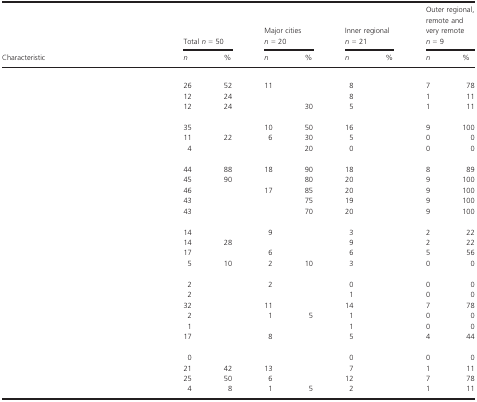
<table><thead><tr><td rowspan="2"><b>Characteristic</b></td><td colspan="2"><b>Total <i>n</i> = 50</b></td><td colspan="2"><b>Major cities <i>n</i> = 20</b></td><td colspan="2"><b>Inner regional <i>n</i> = 21</b></td><td colspan="2"><b>Outer regional, remote and very remote <i>n</i> = 9</b></td></tr><tr><td><b><i>n</i></b></td><td><b>%</b></td><td><b><i>n</i></b></td><td><b>%</b></td><td><b><i>n</i></b></td><td><b>%</b></td><td><b><i>n</i></b></td><td><b>%</b></td></tr></thead><tbody><tr><td colspan="9">[EMPTY_CELL]</td></tr><tr><td>[EMPTY_CELL]</td><td>26</td><td>52</td><td>11</td><td>[EMPTY_CELL]</td><td>8</td><td>[EMPTY_CELL]</td><td>7</td><td>78</td></tr><tr><td>[EMPTY_CELL]</td><td>12</td><td>24</td><td>[EMPTY_CELL]</td><td>[EMPTY_CELL]</td><td>8</td><td>[EMPTY_CELL]</td><td>1</td><td>11</td></tr><tr><td>[EMPTY_CELL]</td><td>12</td><td>24</td><td>[EMPTY_CELL]</td><td>30</td><td>5</td><td>[EMPTY_CELL]</td><td>1</td><td>11</td></tr><tr><td colspan="9">[EMPTY_CELL]</td></tr><tr><td>[EMPTY_CELL]</td><td>35</td><td>[EMPTY_CELL]</td><td>10</td><td>50</td><td>16</td><td>[EMPTY_CELL]</td><td>9</td><td>100</td></tr><tr><td>[EMPTY_CELL]</td><td>11</td><td>22</td><td>6</td><td>30</td><td>5</td><td>[EMPTY_CELL]</td><td>0</td><td>0</td></tr><tr><td>[EMPTY_CELL]</td><td>4</td><td>[EMPTY_CELL]</td><td>[EMPTY_CELL]</td><td>20</td><td>0</td><td>[EMPTY_CELL]</td><td>0</td><td>0</td></tr><tr><td colspan="9">[EMPTY_CELL]</td></tr><tr><td>[EMPTY_CELL]</td><td>44</td><td>88</td><td>18</td><td>90</td><td>18</td><td>[EMPTY_CELL]</td><td>8</td><td>89</td></tr><tr><td>[EMPTY_CELL]</td><td>45</td><td>90</td><td>[EMPTY_CELL]</td><td>80</td><td>20</td><td>[EMPTY_CELL]</td><td>9</td><td>100</td></tr><tr><td>[EMPTY_CELL]</td><td>46</td><td>[EMPTY_CELL]</td><td>17</td><td>85</td><td>20</td><td>[EMPTY_CELL]</td><td>9</td><td>100</td></tr><tr><td>[EMPTY_CELL]</td><td>43</td><td>[EMPTY_CELL]</td><td>[EMPTY_CELL]</td><td>75</td><td>19</td><td>[EMPTY_CELL]</td><td>9</td><td>100</td></tr><tr><td>[EMPTY_CELL]</td><td>43</td><td>[EMPTY_CELL]</td><td>[EMPTY_CELL]</td><td>70</td><td>20</td><td>[EMPTY_CELL]</td><td>9</td><td>100</td></tr><tr><td colspan="9">[EMPTY_CELL]</td></tr><tr><td>[EMPTY_CELL]</td><td>14</td><td>[EMPTY_CELL]</td><td>9</td><td>[EMPTY_CELL]</td><td>3</td><td>[EMPTY_CELL]</td><td>2</td><td>22</td></tr><tr><td>[EMPTY_CELL]</td><td>14</td><td>28</td><td>[EMPTY_CELL]</td><td>[EMPTY_CELL]</td><td>9</td><td>[EMPTY_CELL]</td><td>2</td><td>22</td></tr><tr><td>[EMPTY_CELL]</td><td>17</td><td>[EMPTY_CELL]</td><td>6</td><td>[EMPTY_CELL]</td><td>6</td><td>[EMPTY_CELL]</td><td>5</td><td>56</td></tr><tr><td>[EMPTY_CELL]</td><td>5</td><td>10</td><td>2</td><td>10</td><td>3</td><td>[EMPTY_CELL]</td><td>0</td><td>0</td></tr><tr><td colspan="9">[EMPTY_CELL]</td></tr><tr><td>[EMPTY_CELL]</td><td>2</td><td>[EMPTY_CELL]</td><td>2</td><td>[EMPTY_CELL]</td><td>0</td><td>[EMPTY_CELL]</td><td>0</td><td>0</td></tr><tr><td>[EMPTY_CELL]</td><td>2</td><td>[EMPTY_CELL]</td><td>[EMPTY_CELL]</td><td>[EMPTY_CELL]</td><td>1</td><td>[EMPTY_CELL]</td><td>0</td><td>0</td></tr><tr><td>[EMPTY_CELL]</td><td>32</td><td>[EMPTY_CELL]</td><td>11</td><td>[EMPTY_CELL]</td><td>14</td><td>[EMPTY_CELL]</td><td>7</td><td>78</td></tr><tr><td>[EMPTY_CELL]</td><td>2</td><td>[EMPTY_CELL]</td><td>1</td><td>5</td><td>1</td><td>[EMPTY_CELL]</td><td>0</td><td>0</td></tr><tr><td>[EMPTY_CELL]</td><td>1</td><td>[EMPTY_CELL]</td><td>[EMPTY_CELL]</td><td>[EMPTY_CELL]</td><td>1</td><td>[EMPTY_CELL]</td><td>0</td><td>0</td></tr><tr><td>[EMPTY_CELL]</td><td>17</td><td>[EMPTY_CELL]</td><td>8</td><td>[EMPTY_CELL]</td><td>5</td><td>[EMPTY_CELL]</td><td>4</td><td>44</td></tr><tr><td colspan="9">[EMPTY_CELL]</td></tr><tr><td>[EMPTY_CELL]</td><td>0</td><td>[EMPTY_CELL]</td><td>[EMPTY_CELL]</td><td>[EMPTY_CELL]</td><td>0</td><td>[EMPTY_CELL]</td><td>0</td><td>0</td></tr><tr><td>[EMPTY_CELL]</td><td>21</td><td>42</td><td>13</td><td>[EMPTY_CELL]</td><td>7</td><td>[EMPTY_CELL]</td><td>1</td><td>11</td></tr><tr><td>[EMPTY_CELL]</td><td>25</td><td>50</td><td>6</td><td>[EMPTY_CELL]</td><td>12</td><td>[EMPTY_CELL]</td><td>7</td><td>78</td></tr><tr><td>[EMPTY_CELL]</td><td>4</td><td>8</td><td>1</td><td>5</td><td>2</td><td>[EMPTY_CELL]</td><td>1</td><td>11</td></tr></tbody></table>